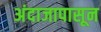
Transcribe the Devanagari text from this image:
अंदाजापासून